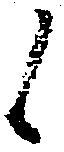
候